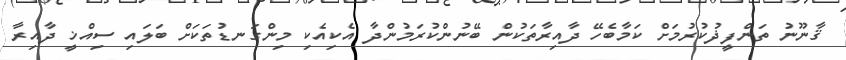
ޤާނޫނު ތަންފީޛުކުރުމަށް ކަމާބެހޭ ދާއިރާތަކުން ބޭނުންކުރަމުންދާ އެކިއެކި މިންގަނޑުތަކަށް ބަލައި ސިއްޚީ ދާއިރާ